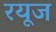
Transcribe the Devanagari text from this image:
रयूज